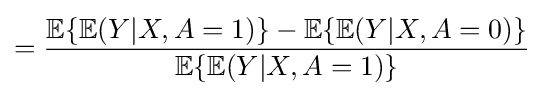
={\frac {\mathbb {E} \{\mathbb {E} (Y|X,A=1)\}-\mathbb {E} \{\mathbb {E} (Y|X,A=0)\}}{\mathbb {E} \{\mathbb {E} (Y|X,A=1)\}}}